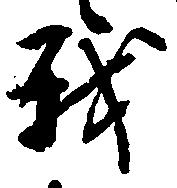
我